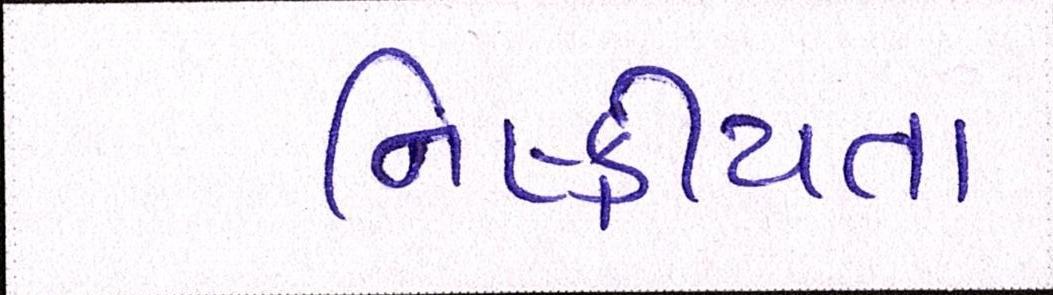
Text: નિષ્ક્રીયતા